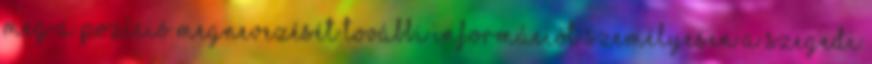
meg a pozíció megnevezését További információt személyesen a szegedi